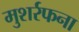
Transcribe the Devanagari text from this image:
मुशर्रफना